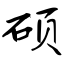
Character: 硕